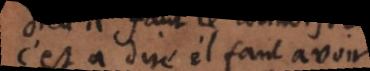
c’est à dire il faut avoir